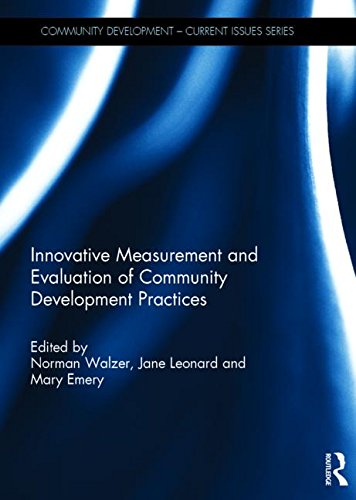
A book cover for Innovative Measurement and Evaluation of Community Development Practices (Community Development - Current Issues Series); Politics & Social Sciences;